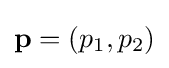
\mathbf {p} =(p_{1},p_{2})